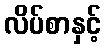
လိပ်စာနှင့်